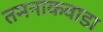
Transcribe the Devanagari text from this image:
तमनाकवाडा